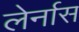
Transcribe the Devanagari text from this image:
लेर्नास